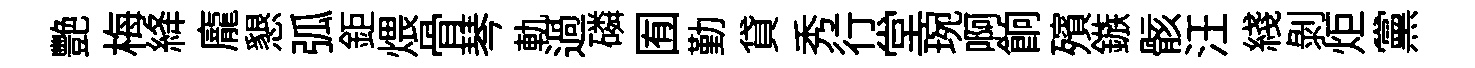
艷梅絳龐懇弧鉅煨骨琴軌過磷囿勤貸秀行堂琬啊餉殯鏃骸汪綫剥炬黨